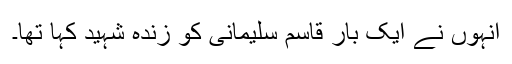
انہوں نے ایک بار قاسم سلیمانی کو زندہ شہید کہا تھا۔